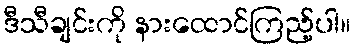
ဒီသီချင်းကို နားထောင်ကြည့်ပါ။